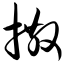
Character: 撒